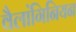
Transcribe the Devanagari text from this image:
वैलांगिनियन